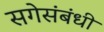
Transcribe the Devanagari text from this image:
सगेसंबंधी